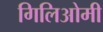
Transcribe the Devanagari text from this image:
गिलिओमी